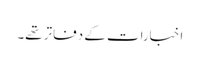
اخبارات کے دفاتر تھے۔